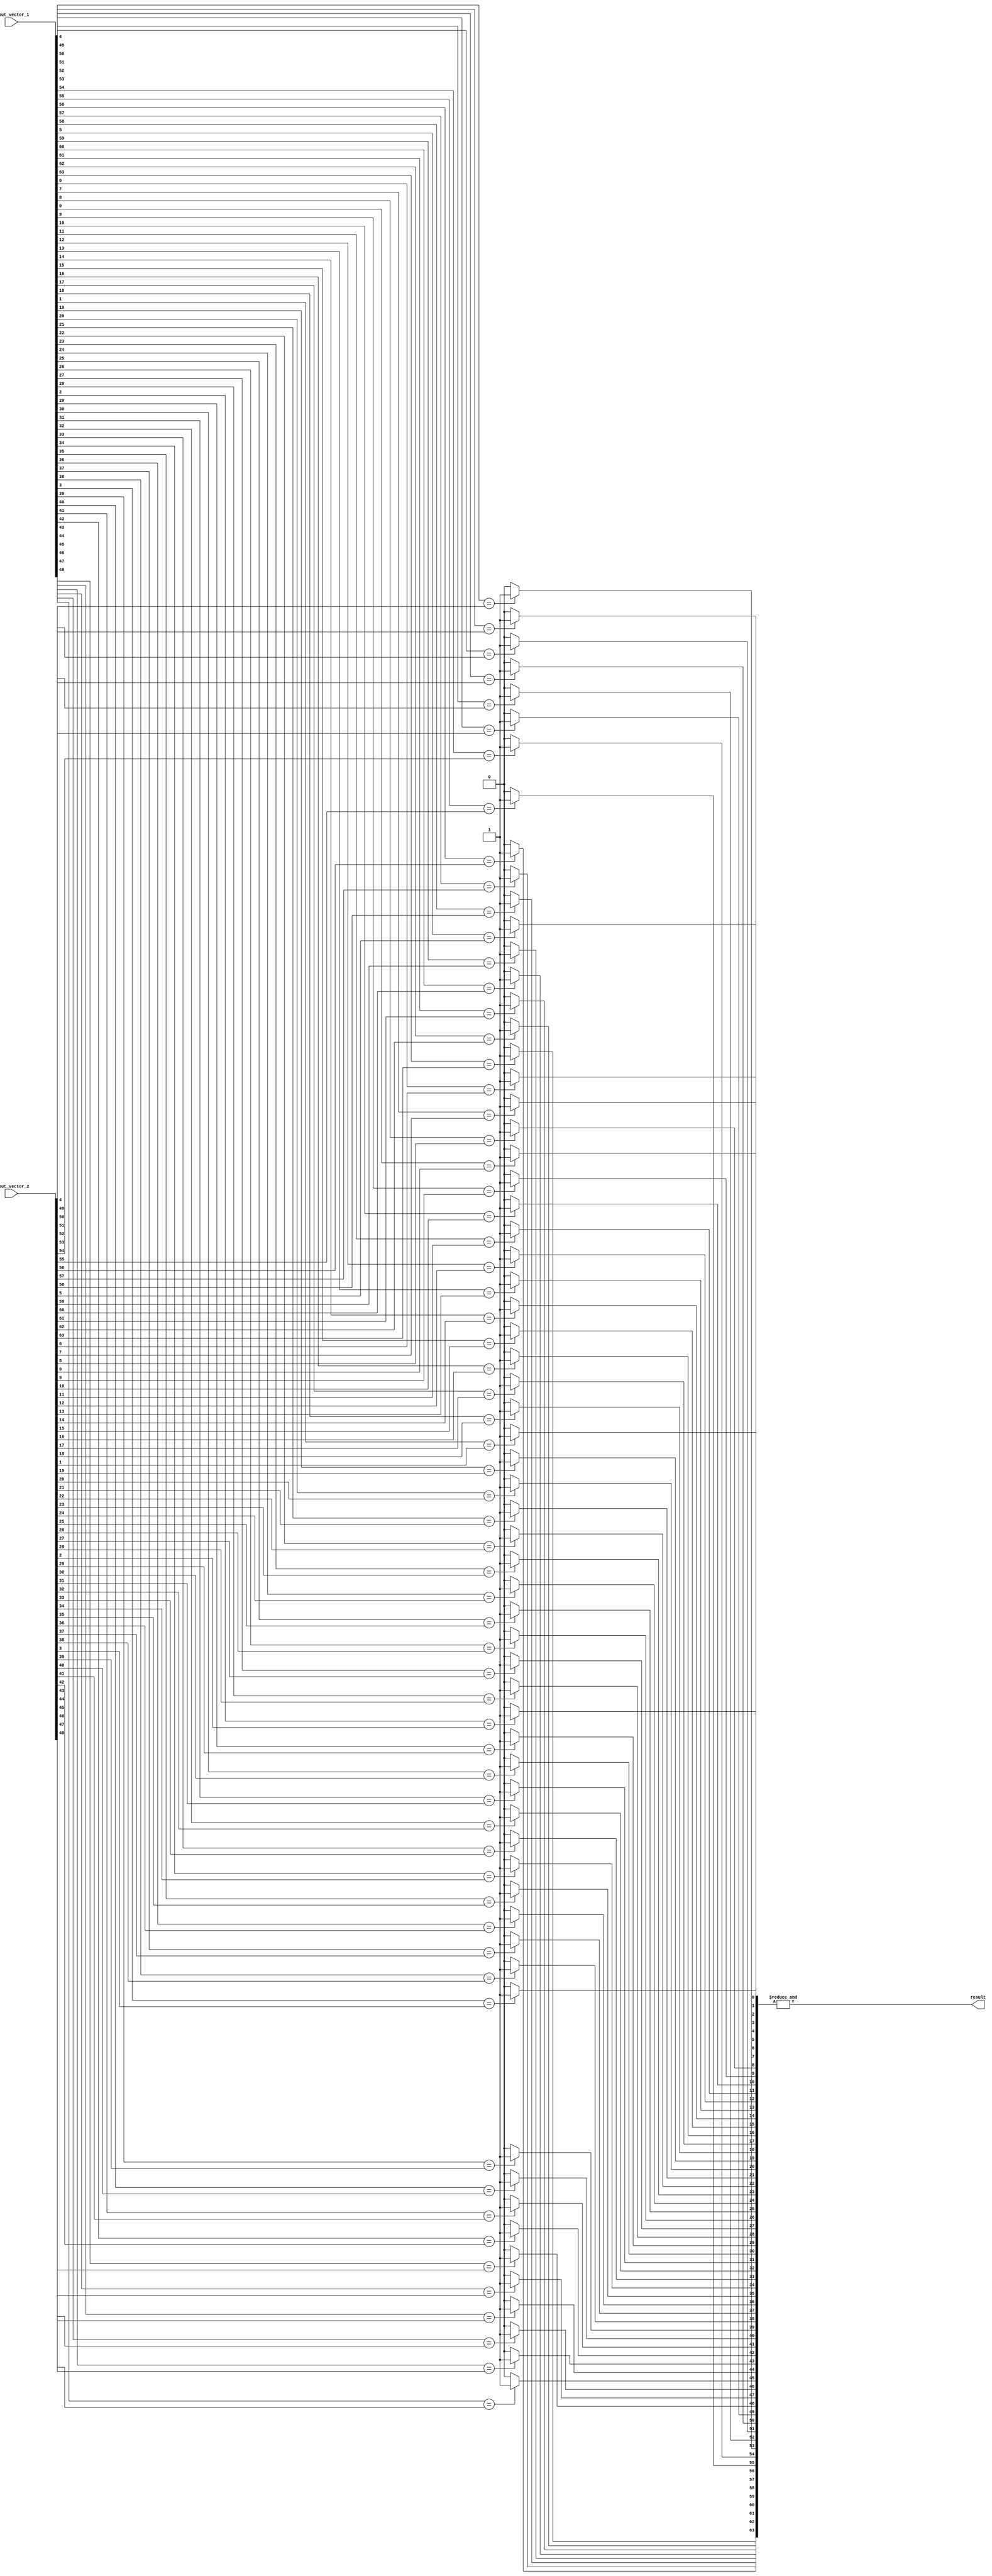
module comparator (
    input [63:0] input_vector_1,
    input [63:0] input_vector_2,
    output result
);

wire [63:0] comparison_results;

// Logic blocks for comparing individual bits
genvar i;
generate
    for (i = 0; i < 64; i = i + 1) begin : comparison_blocks
        assign comparison_results[i] = (input_vector_1[i] == input_vector_2[i]) ? 1'b1 : 1'b0;
    end
endgenerate

// Overall comparison result
assign result = (&comparison_results);

endmodule